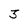
Character: 3